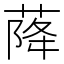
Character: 𱽿